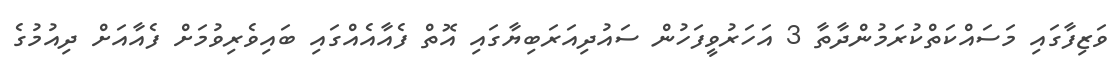
ވަޒިފާގައި މަސައްކަތްކުރަމުންދާތާ 3 އަހަރުވީފަހުން ސައުދިއަރަބިޔާގައި އޮތް ފެއާއެއްގައި ބައިވެރިވުމަށް ފެއާއަށް ދިއުމުގެ